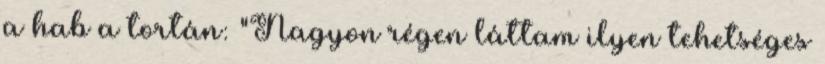
a hab a tortán: "Nagyon régen láttam ilyen tehetséges